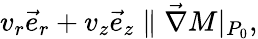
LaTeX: v_{r}\vec{e}_{r}+v_{z}\vec{e}_{z}\parallel\vec{\nabla}M|_{P_{0}},